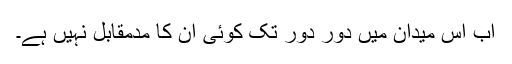
اب اس میدان میں دور دور تک کوئی ان کا مدمقابل نہیں ہے۔